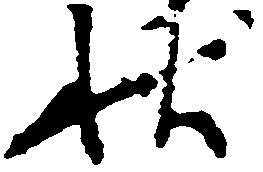
状